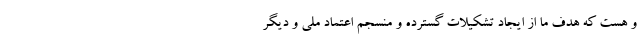
و هست که هدف ما از ایجاد تشکیلات گسترده و منسجم اعتماد ملی و دیگر